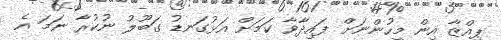
ޕިއްޒާ އިން މީހުންނަށް ފައިދާވާ ކަމަށް އަޅުގަނޑު ގަބޫލު ނުކުރާ ނަމަ އެ